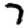
Digit: 7